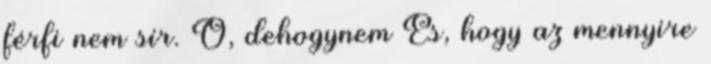
férfi nem sír. Ó, dehogynem És, hogy az mennyire